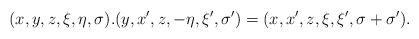
\begin{align*} (x,y,z,\xi,\eta,\sigma). (y,x',z,-\eta,\xi',\sigma') = (x,x',z,\xi,\xi',\sigma+\sigma').\end{align*}